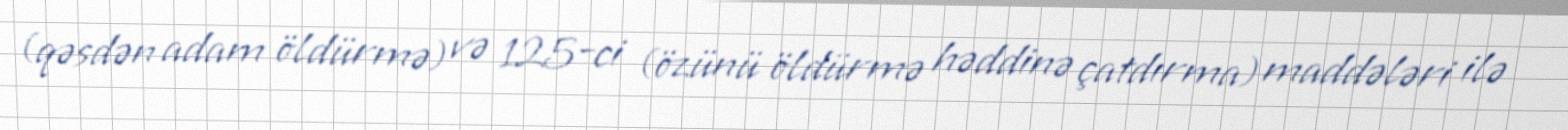
(qəsdən adam öldürmə) və 125-ci (özünü öldürmə həddinə çatdırma) maddələri ilə